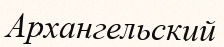
Архангельский